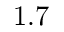
1 . 7